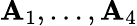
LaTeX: \mathbf{A}_{1},\dots,\mathbf{A}_{4}